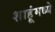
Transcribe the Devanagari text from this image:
शाहूंमध्ये